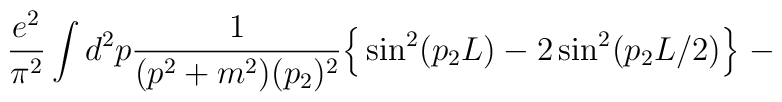
\frac{e^2}{\pi^2}\int d^2p \frac{1}{(p^2 + m^2)(p_2)^2} \Big\{\sin^2(p_2 L)  - 2\sin^2(p_2 L/2) \Big\} \; -